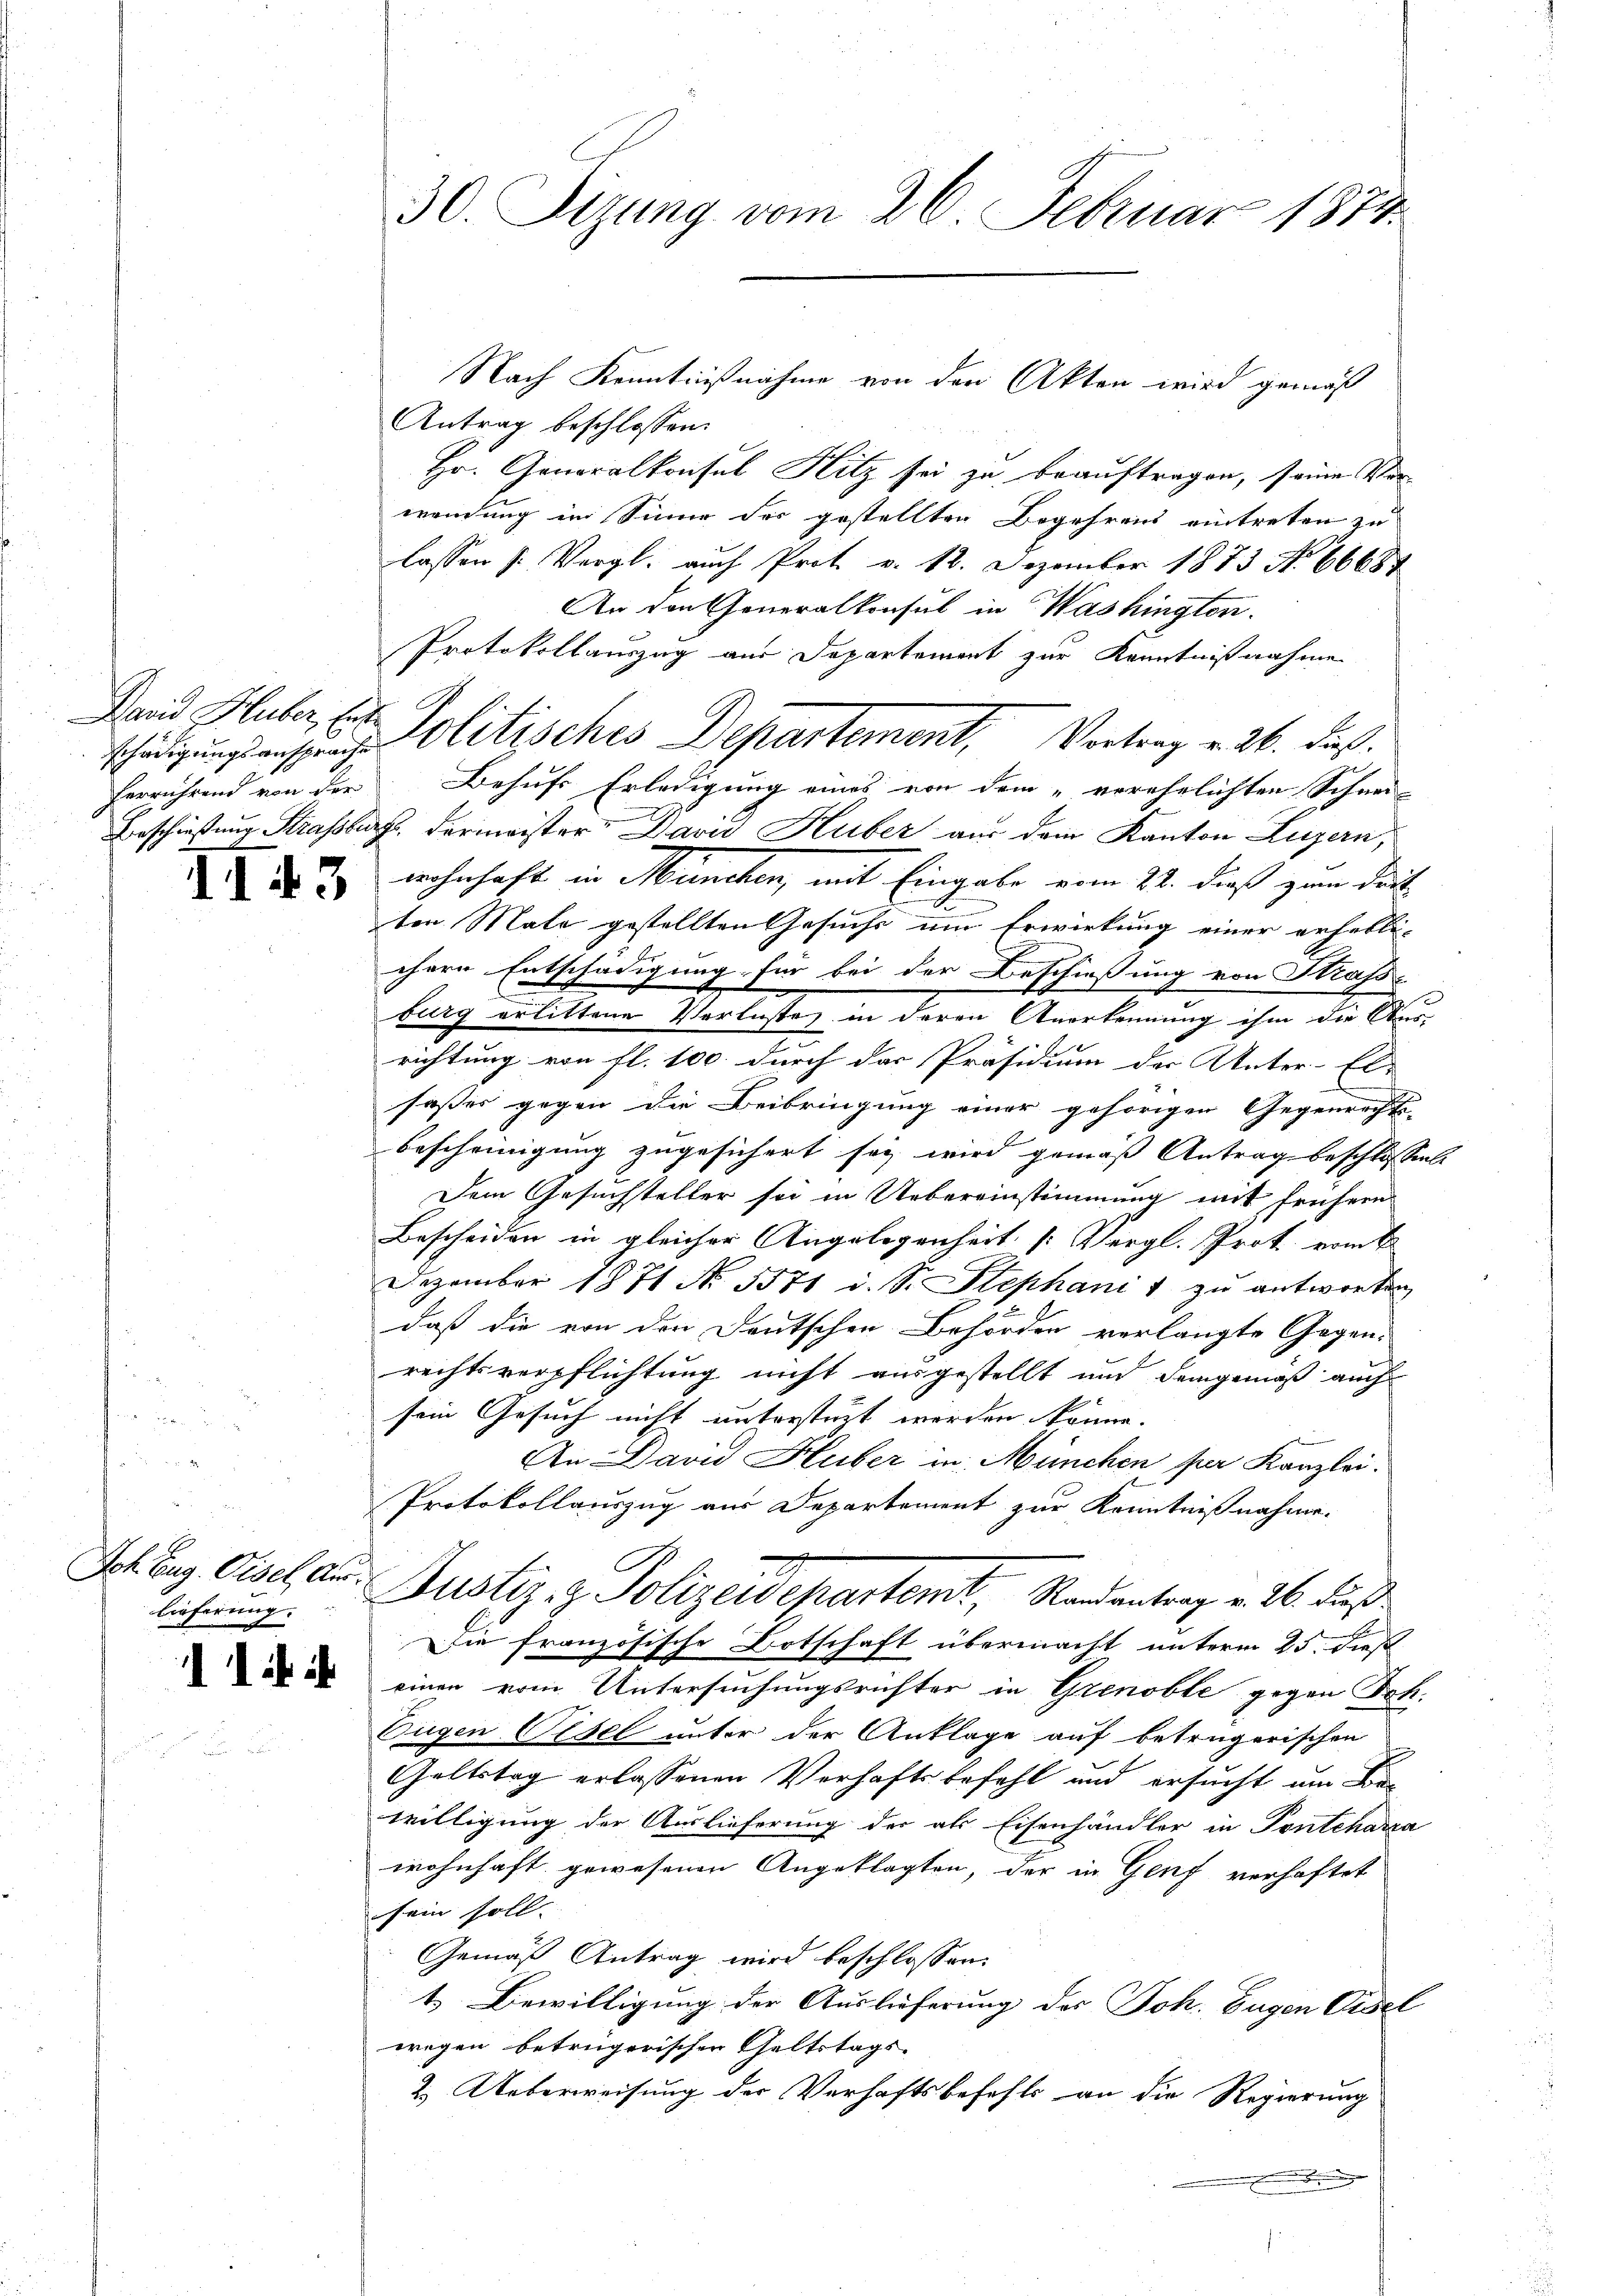
schädigungsansprache
herrührend von der

II43

Jch Zug. Gisel, Auslieferung.

11 i

30. Sizung vom 26. Februar 1874.

Nach Kenntnißnahme von den Akten wird gemäß
Antrag beschlossen:
Hr. Generalkonsul Hitz sei zu beauftragen, seine Verwendung im Sinne der gestellten Begehrens eintreten zu
lassen (Vergl. auch Prot. v. 12. Dezember 1873 No 66687
An den Generalkonsul in Washingten.
Protokollauszug aus Departement zur Kenntnißnahme
Land Huber, St. Politisches Departement, Vortrag v. 26. Fuß.
Behufs Erledigung eines von dem „verehelichten Schnei-
Beschießung Strassburg, dermeister David Huber aus dem Kanton Luzern,
wohnhaft in München, mit Eingabe vom 22. dieß zum Drit-
ten Male gestellten Gesuchs um Erwirkung einer erheblichere Entschädigung für bei der Beschiessung von Strasse
burg erlittene Verluste in deren Anerkennung ihm die Aus-
richtung von fl. 100 durch der Präsidium der Unter-El- |
fasses gegen die Beibringung einer gehörigen Gegenrechts-
bescheinigung zugesichert sey wird gemäß Antrag beschlossen:
Dem Gesuchsteller sei in Uebereinstimmung mit frühern
Bescheiden in gleicher Angelegenheit [Vergl. Prok. vom 6.
Dezember 1871 No. 5371 i. S. Stephanis zŭ antworten
daß die von den Deutschen Behörden verlangte Gegen-
rechtsverpflichtung nicht ausgestellt und demgemäß auch
sein Gesuch nicht unterstüzt werden könne.
An Davu Huber in München per Kanzlei.
Protokollauszug aus Departement zur Kenntnißnahme.
Justiz- & Polizeidepartemt, Randentrag v. 26. dieß
Die französische Ortschaft übermacht unterm 25. dieß
einen vom Untersuchungsrichter in Grenoble gegen Joh.
Eugen Gisel unter der Anklage auf betrügerischen
Galtstag erlassenen Verhaftsbefehl und ersucht um Bewilligung der Auslieferung der als Eisenhändler in Ponteharza
wohnhaft gewesenen Angeklagten, der in Genf verhaftet
sein soll. |
Gemäß Antrag wird beschlossen:
1. Bewilligung der Auslieferung des Joh. Eugen Cisel
wegen betrügerischen Geltstags-
2. Ueberweisung der Verhaftsbefehls an die Regierung
.